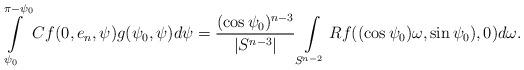
LaTeX: \begin{align*}\int\limits_{\psi_0}^{\pi-\psi_0} Cf(0, e_n, \psi)g(\psi_0,\psi)d\psi= \frac{(\cos\psi_0)^{n-3}}{|S^{n-3}|}\int\limits_{S^{n-2}}Rf((\cos\psi_0)\omega,\sin \psi_0),0)d\omega.\end{align*}